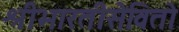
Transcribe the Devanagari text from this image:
श्रीभारतीसेवितो